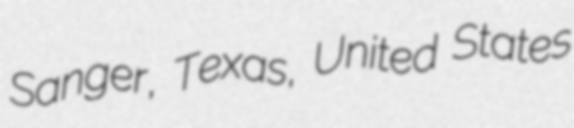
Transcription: Sanger, Texas, United States